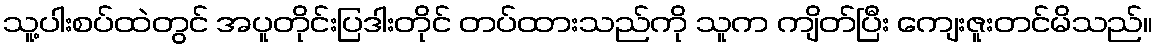
သူ့ပါးစပ်ထဲတွင် အပူတိုင်းပြဒါးတိုင် တပ်ထားသည်ကို သူက ကျိတ်ပြီး ကျေးဇူးတင်မိသည်။